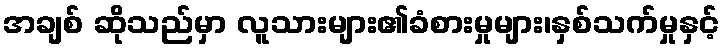
အချစ် ဆိုသည်မှာ လူသားများ၏ခံစားမှုများ၊နှစ်သက်မှုနှင့်